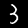
Label: 3